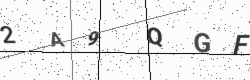
Text: 2A9QGF